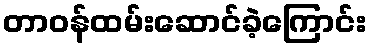
တာဝန်ထမ်းဆောင်ခဲ့ကြောင်း